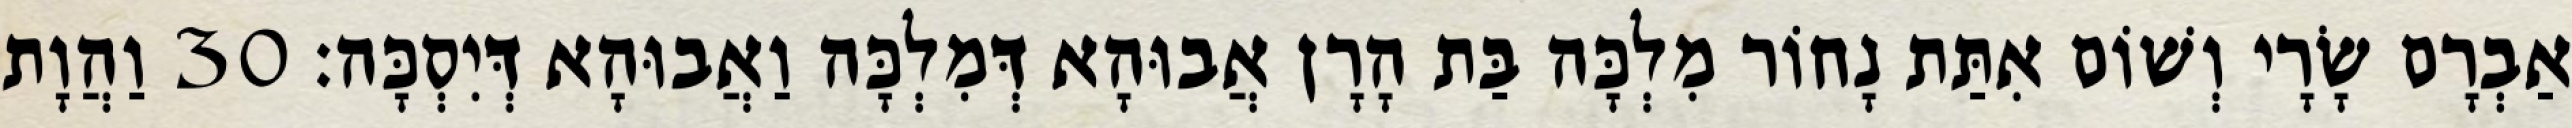
אַבְרָם שָׂרָי וְשׁוֹם אִתַּת נָחוֹר מִלְכָּה בַּת הָרָן אֲבוּהָא דְּמִלְכָּה וַאֲבוּהָא דְּיִסְכָּה׃ 30 וַהֲוָת